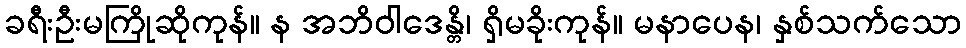
ခရီးဦးမကြိုဆိုကုန်။ န အဘိဝါဒေန္တိ၊ ရှိမခိုးကုန်။ မနာပေန၊ နှစ်သက်သော